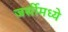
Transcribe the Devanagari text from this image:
जर्सीमध्ये